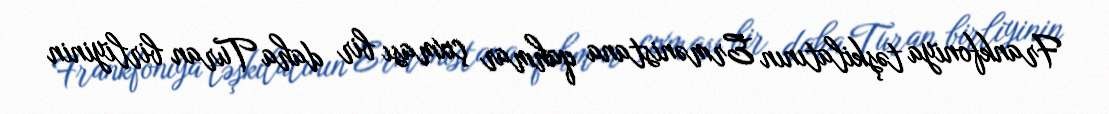
Frankfoniya təşkilatının Ermənistana qahmar çıxması bir daha Turan birliyinin